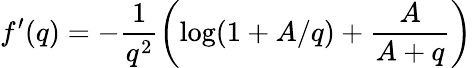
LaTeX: f^{\prime}(q)=-\frac 1{q^{2}}\left(\log(1+A/q)+\frac{A}{A+q}\right)